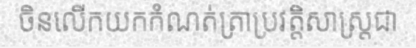
ចិនលើកយកកំណត់ត្រាប្រវត្តិសាស្ត្រជា